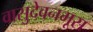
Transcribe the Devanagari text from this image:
वासुदेवनमूस